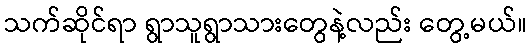
သက်ဆိုင်ရာ ရွာသူရွာသားတွေနဲ့လည်း တွေ့မယ်။